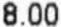
8.00